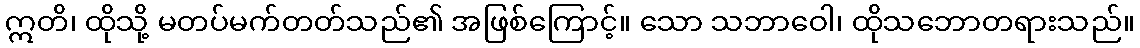
ဣတိ၊ ထိုသို့ မတပ်မက်တတ်သည်၏ အဖြစ်ကြောင့်။ သော သဘာဝေါ၊ ထိုသဘောတရားသည်။